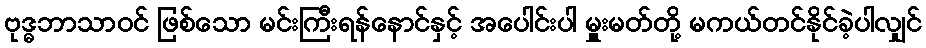
ဗုဒ္ဓဘာသာဝင် ဖြစ်သော မင်းကြီးရန်နောင်နှင့် အပေါင်းပါ မှူးမတ်တို့ မကယ်တင်နိုင်ခဲ့ပါလျှင်